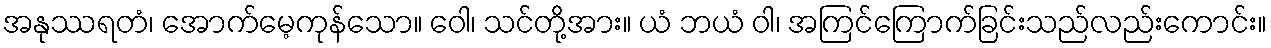
အနုဿရတံ၊ အောက်မေ့ကုန်သော။ ဝေါ၊ သင်တို့အား။ ယံ ဘယံ ဝါ၊ အကြင်ကြောက်ခြင်းသည်လည်းကောင်း။